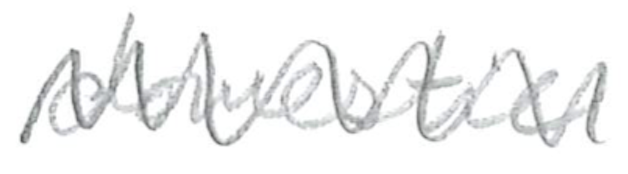
Text: domestic
Cross-out: zig-zag
Writing tool: pencil